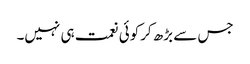
جس سے بڑھ کرکوئی نعمت ہی نہیں۔